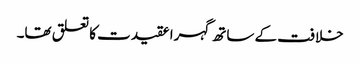
خلافت کے ساتھ گہرا عقیدت کا تعلق تھا۔